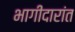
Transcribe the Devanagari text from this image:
भागीदारांत